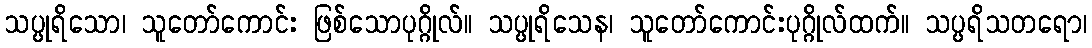
သပ္ပုရိသော၊ သူတော်ကောင်း ဖြစ်သောပုဂ္ဂိုလ်။ သပ္ပုရိသေန၊ သူတော်ကောင်းပုဂ္ဂိုလ်ထက်။ သပ္ပရိသတရော၊